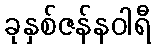
ခုနှစ်ဇန်နဝါရီ